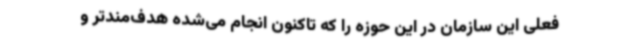
فعلی این سازمان در این حوزه را که تاکنون انجام می‌شده هدف‌مندتر و